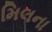
મિલના